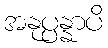
အနုပ္ပန္နာပိ